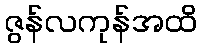
ဇွန်လကုန်အထိ